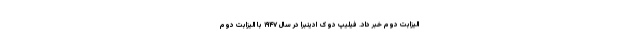
الیزابت دوم خبر داد. فیلیپ دوک ادینبرا در سال ۱۹۴۷ با الیزابت دوم